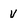
Character: v